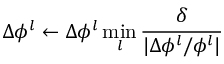
\Delta \phi ^ { l } \leftarrow \Delta \phi ^ { l } \operatorname* { m i n } _ { l } \frac { \delta } { | \Delta \phi ^ { l } / \phi ^ { l } | }